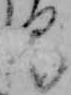
る